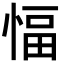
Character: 愊